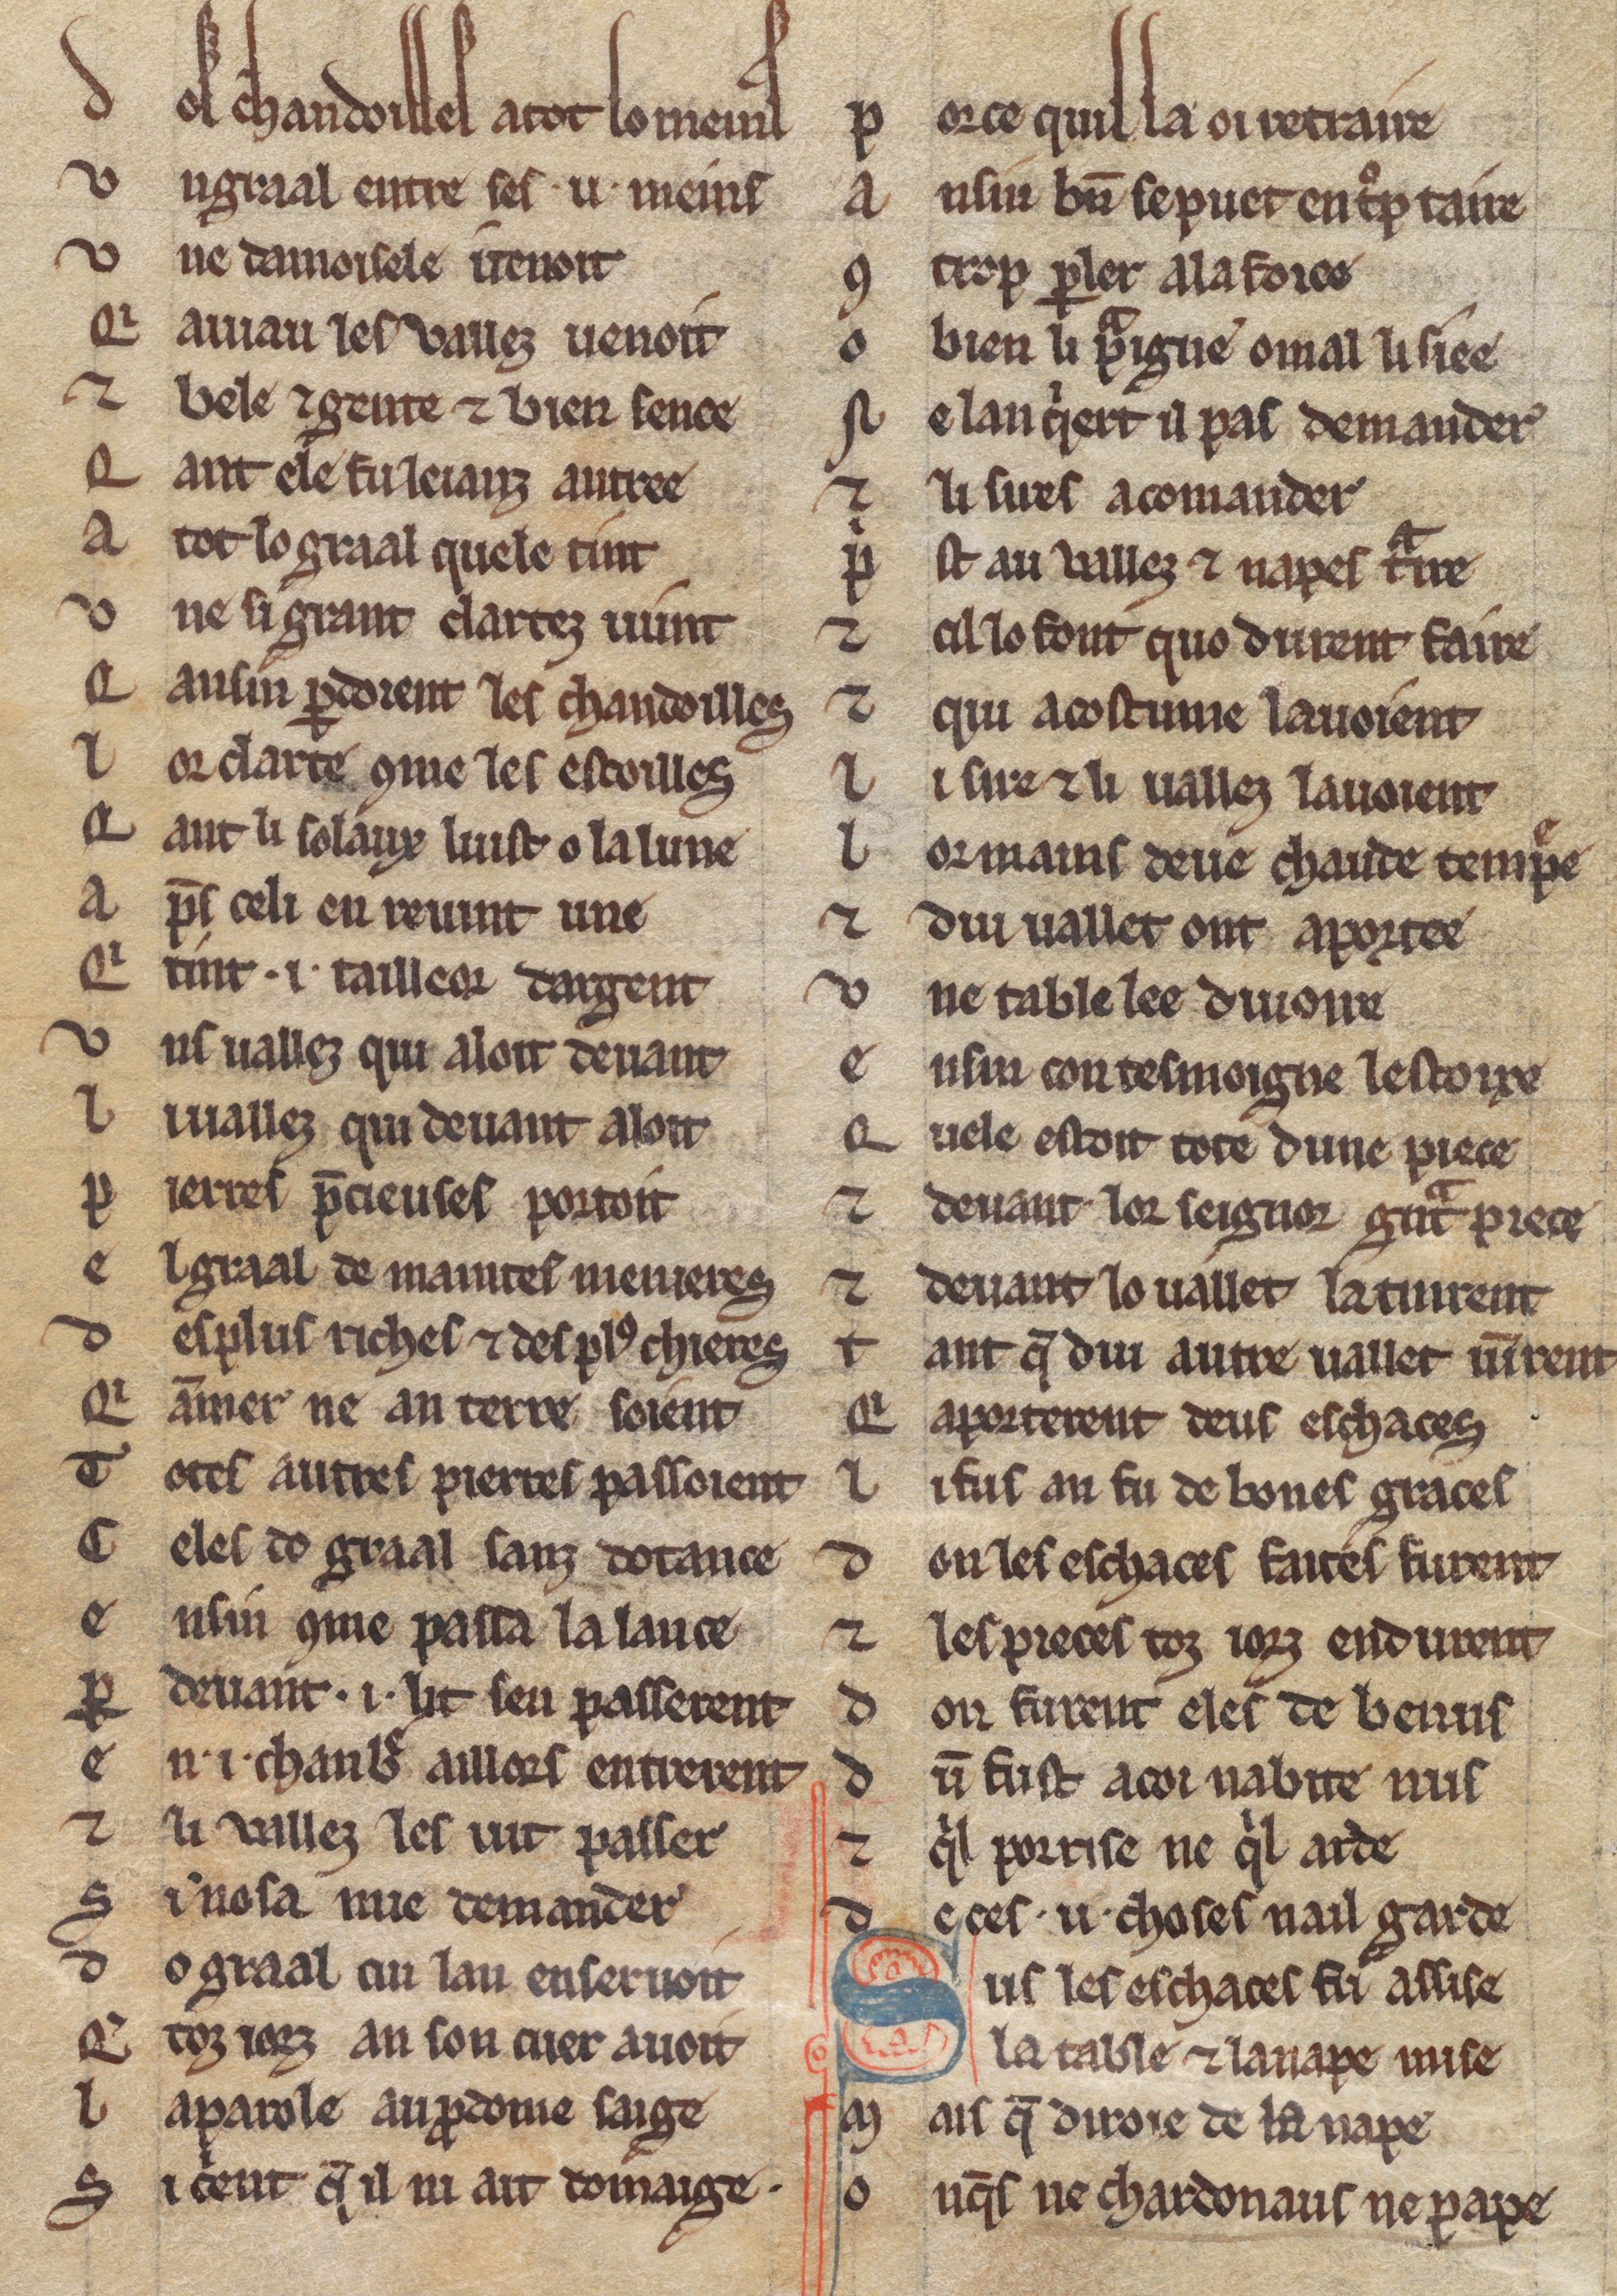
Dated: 1225–1249